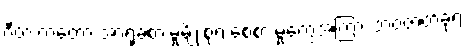
ဂီတ ကတော့ အာရုံခံစားမှုမျိုးစုံရဲ့ စေစားမှုတွေအကြား ဘဝဇာတ်ခုံရဲ့